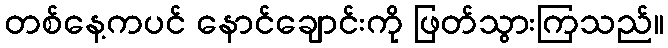
တစ်နေ့ကပင် နောင်ချောင်းကို ဖြတ်သွားကြသည်။